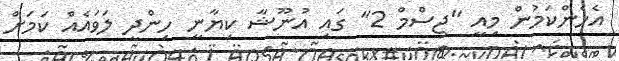
އެހެންކަމުން މިއީ "ޖިސްމް 2" ގައި އުނޫޝާ ކިޔާނީ ހިންދީ ލަވައެއް ކަމަށް